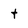
Character: t